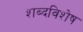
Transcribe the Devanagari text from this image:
शब्दविशेष